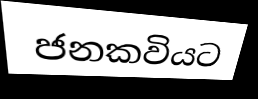
ජනකවියට